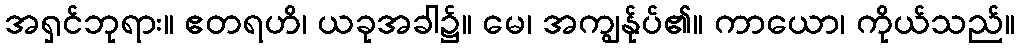
အရှင်ဘုရား။ ဧတရဟိ၊ ယခုအခါ၌။ မေ၊ အကျွန်ုပ်၏။ ကာယော၊ ကိုယ်သည်။